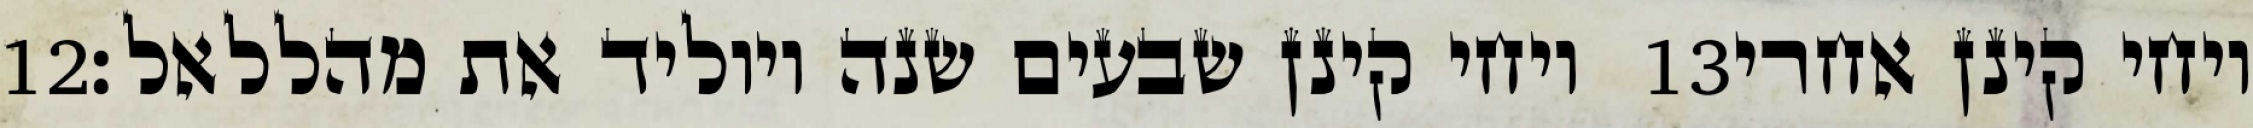
‎12‏ ויחי קינן שבעים שנה ויוליד את מהללאל׃ ‎13‏ ויחי קינן אחרי